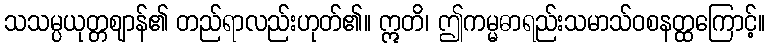
သသမ္ပယုတ္တဈာန်၏ တည်ရာလည်းဟုတ်၏။ ဣတိ၊ ဤကမ္မဓာရည်းသမာသ်ဝစနတ္ထကြောင့်။